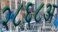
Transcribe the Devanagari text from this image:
२८६८अ